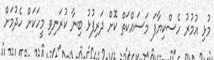
މުޅި އުމުރު ހެސްކިޔާފަ މަސައްކަތް ކޮށް ދަރިފުޅު ބިނާ ކުރަނިވި މީހަކަށް ހެދުމަށް